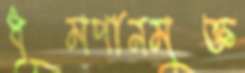
ধূমপানমুক্ত